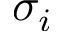
\sigma _ { i }